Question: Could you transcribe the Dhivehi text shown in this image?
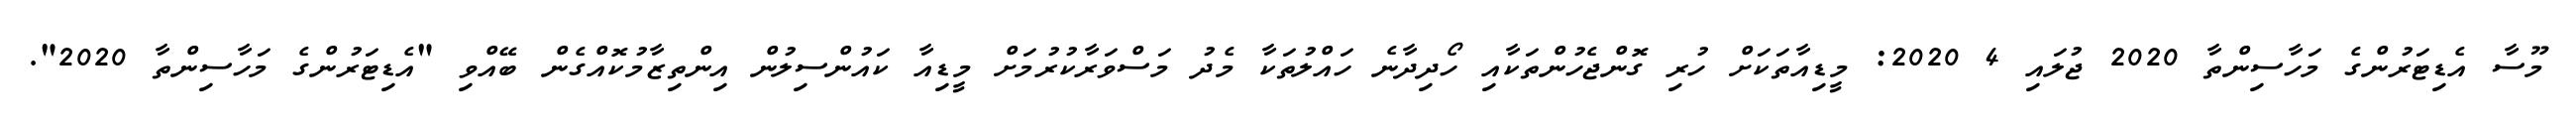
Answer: މޫސާ އެޑިޓަރުންގެ މަހާސިންތާ 2020 ޖުލައި 4 2020: މީޑިއާތަކަށް ހުރި ގޮންޖެހުންތަކާއި ހޯދިދާނެ ހައްލުތަކާ މެދު މަސްވަރާކުރުމަށް މީޑިއާ ކައުންސިލުން އިންތިޒާމުކޮއްގެން ބޭއްވި "އެޑިޓަރުންގެ މަހާސިންތާ 2020".